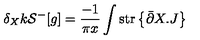
\delta _ { X } k { \cal S } ^ { - } [ g ] = \frac { - 1 } { \pi x } \int \mathrm { s t r } \left\{ \bar { \partial } X . J \right\} \,